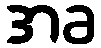
အခ